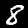
Label: 8